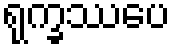
ရုက္ခဿပေ